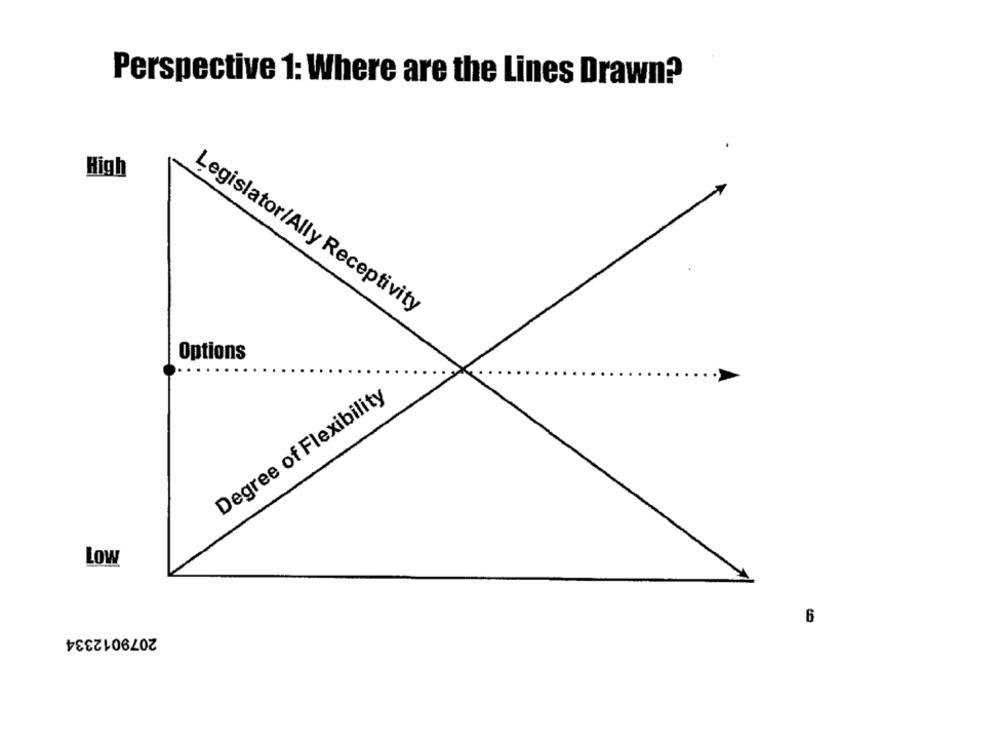
Perspective 1: Where are the Lines Drawn?
High
Legislator/Ally Receptivity
Options
Degree of Flexibility
Low
6
2079012334